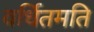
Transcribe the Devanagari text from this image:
वर्धितमति